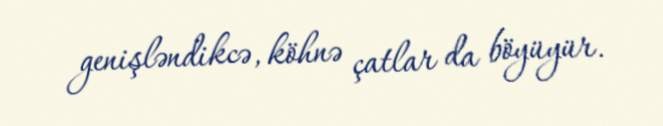
genişləndikcə, köhnə çatlar da böyüyür.